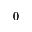
0